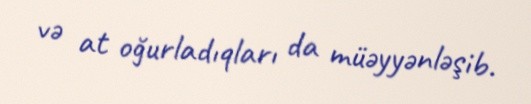
və at oğurladıqları da müəyyənləşib.